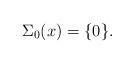
LaTeX: \begin{align*} \Sigma_0(x) = \{0\}.\end{align*}